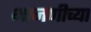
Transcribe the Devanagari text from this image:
भाजणीच्या